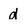
Character: d